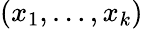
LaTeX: (x_{1},\ldots,x_{k})